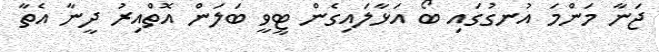
ޖަނާ މަންމަ އުނގުގައި ބޯ އަޅާލައިގެން ޓީވީ ބަލަން އޮތްއިރު ދީނާ އެތާ